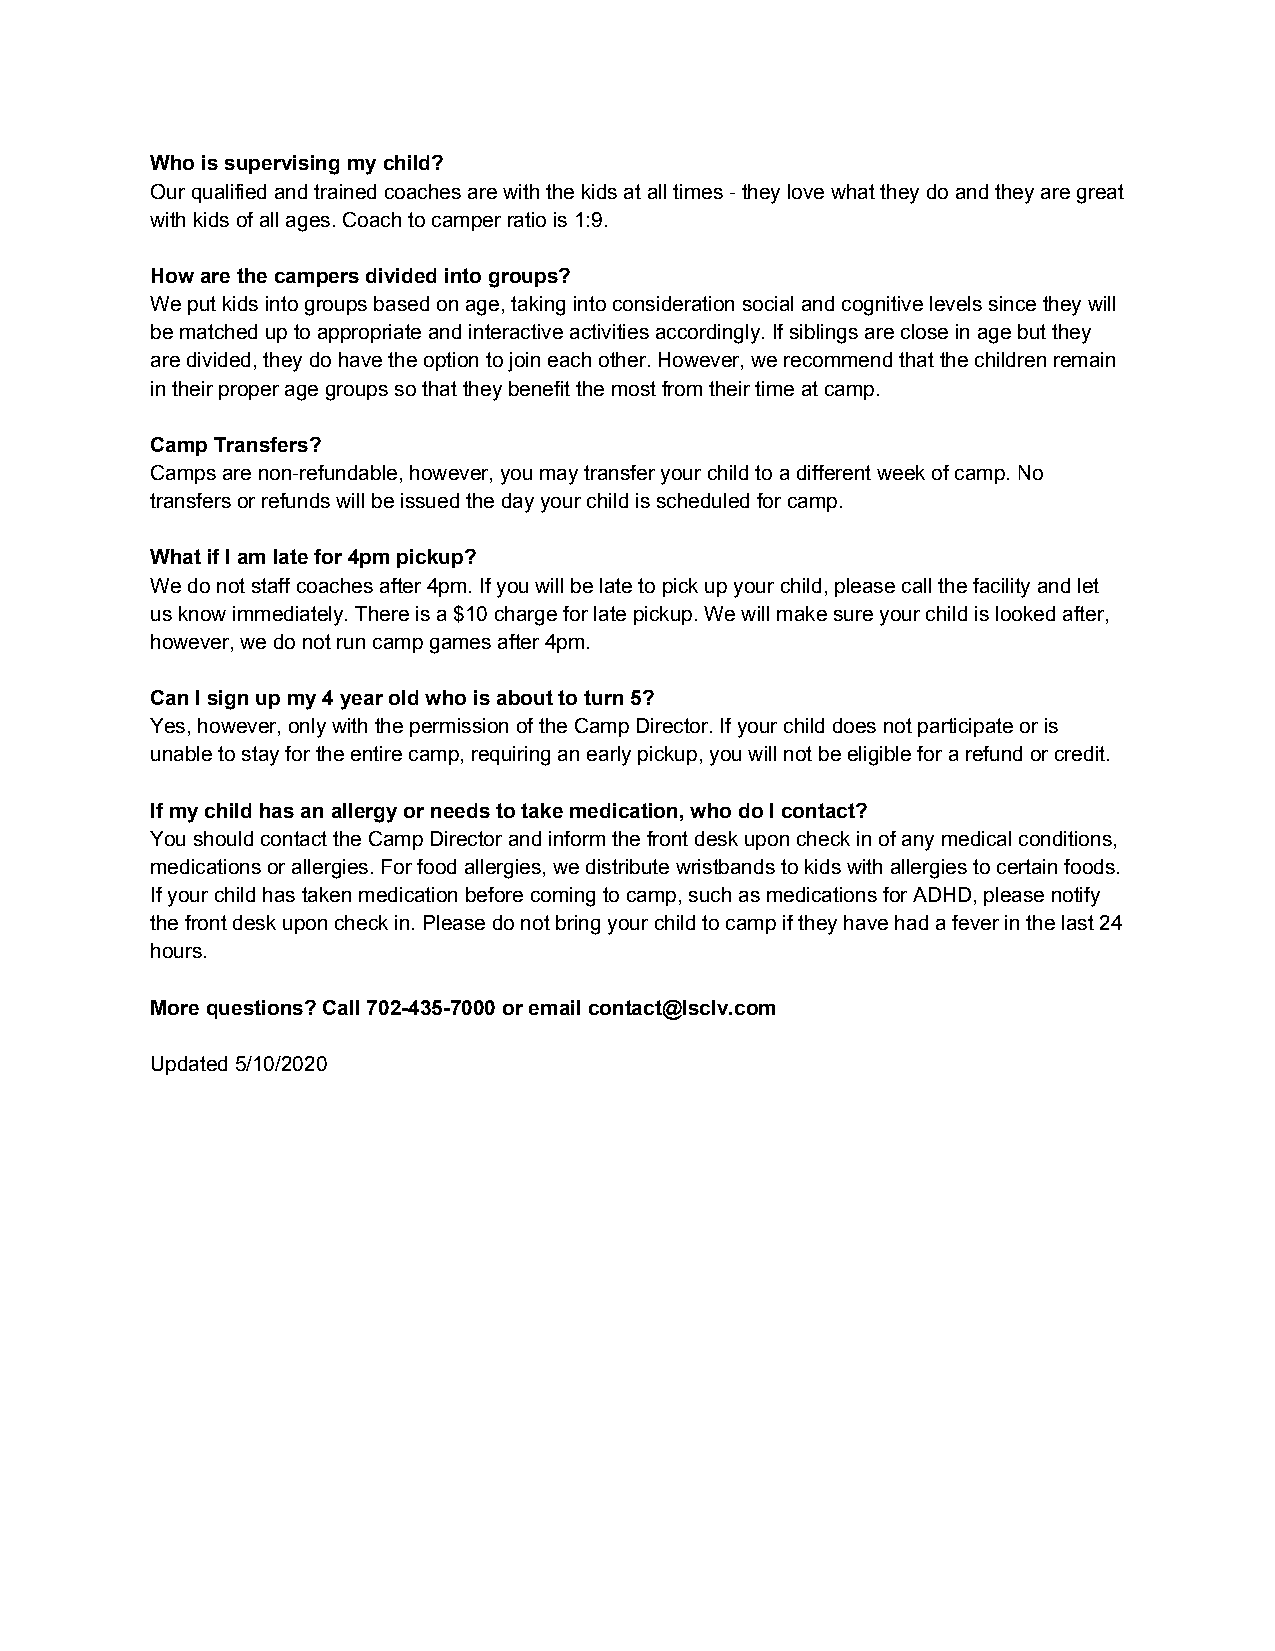
Who is supervising my child?
 Our qualified and trained coaches are with the kids at all times - they love what they do and they are great
 with kids of all ages. Coach to camper ratio is 1:9.
 How are the campers divided into groups?
 We put kids into groups based on age, taking into consideration social and cognitive levels since they will
 be matched up to appropriate and interactive activities accordingly. If siblings are close in age but they
 are divided, they do have the option to join each other. However, we recommend that the children remain
 in their proper age groups so that they benefit the most from their time at camp.
 Camp Transfers?
 Camps are non-refundable, however, you may transfer your child to a different week of camp. No
 transfers or refunds will be issued the day your child is scheduled for camp.
 What if I am late for 4pm pickup?
 We do not staff coaches after 4pm. If you will be late to pick up your child, please call the facility and let
 us know immediately. There is a $10 charge for late pickup. We will make sure your child is looked after,
 however, we do not run camp games after 4pm.
 Can I sign up my 4 year old who is about to turn 5?
 Yes, however, only with the permission of the Camp Director. If your child does not participate or is
 unable to stay for the entire camp, requiring an early pickup, you will not be eligible for a refund or credit.
 If my child has an allergy or needs to take medication, who do I contact?
 You should contact the Camp Director and inform the front desk upon check in of any medical conditions,
 medications or allergies. For food allergies, we distribute wristbands to kids with allergies to certain foods.
 If your child has taken medication before coming to camp, such as medications for ADHD, please notify
 the front desk upon check in. Please do not bring your child to camp if they have had a fever in the last 24
 hours.
 More questions? Call 702-435-7000 or email contact@lsclv.com
 Updated 5/10/2020